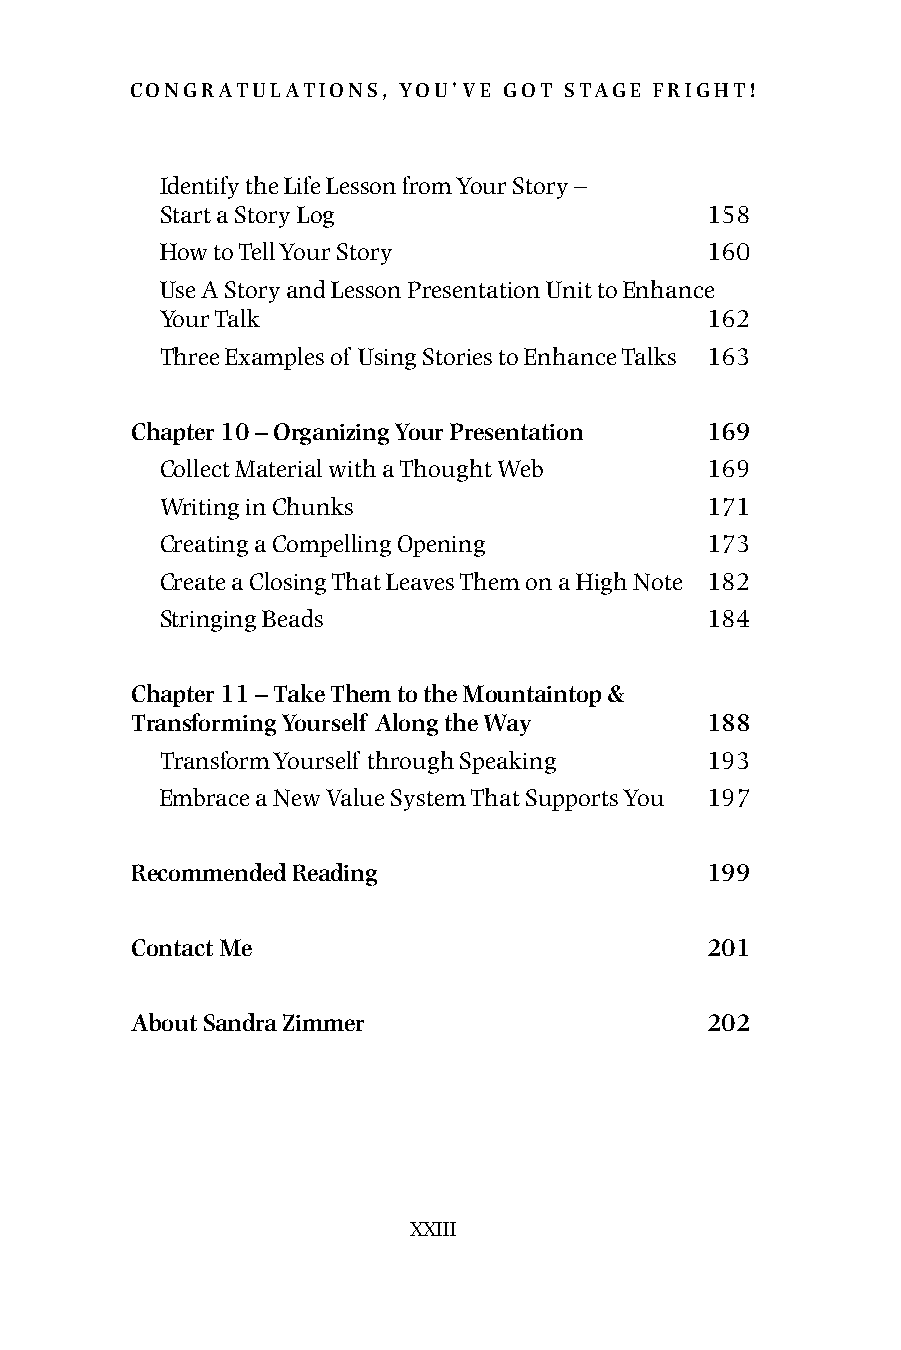
congratulations, you’ve got stage fright!
 Identify the Life Lesson from Your Story –
 Start a Story Log                   158
 How to Tell Your Story              160
 Use A Story and Lesson Presentation Unit to Enhance
 Your Talk                           162
 Three Examples of Using Stories to Enhance Talks 163
 chapter 10 – organizing your Presentation 169
 Collect Material with a Thought Web 169
 Writing in Chunks                   171
 Creating a Compelling Opening       173
 Create a Closing That Leaves Them on a High Note 182
 Stringing Beads                     184
 chapter 11 – take them to the mountaintop &
 transforming yourself along the Way   188
 Transform Yourself through Speaking 193
 Embrace a New Value System That Supports You 197
 recommended reading                   199
 contact me                            201
 about sandra Zimmer                   202
 XXIII